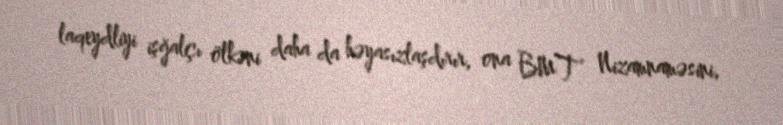
laqeydliyi işğalçı ölkəni daha da həyasızlaşdırır, ona BMT Nizamnaməsini,